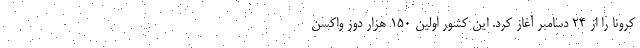
کرونا را از ۲۴ دسامبر آغاز کرد. این کشور اولین ۱۵۰ هزار دوز واکسن